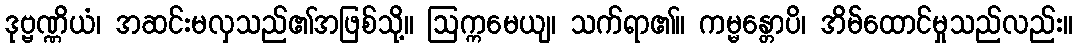
ဒုဗ္ဗဏ္ဏိယံ၊ အဆင်းမလှသည်၏အဖြစ်သို့။ ဩက္ကမေယျ၊ သက်ရာ၏။ ကမ္မန္တောပိ၊ အိမ်ထောင်မှုသည်လည်း။